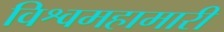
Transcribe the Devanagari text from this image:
विश्वमहामारी